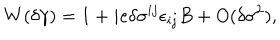
LaTeX: W ( \delta \gamma ) = 1 + i e \delta \sigma ^ { i j } \epsilon _ { i j } B + O ( \delta \sigma ^ { 2 } ) ,